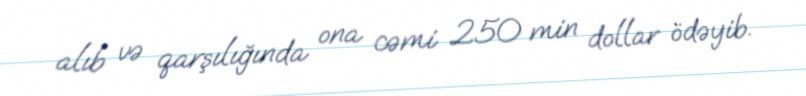
alıb və qarşılığında ona cəmi 250 min dollar ödəyib.